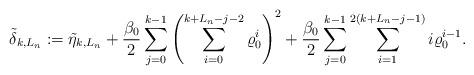
LaTeX: \begin{align*} \tilde{\delta}_{k,L_n} := \tilde{\eta}_{k,L_n} +\frac{\beta_0}{2} \sum_{j=0}^{k-1} \left( \sum_{i=0}^{k+L_n-j-2} \varrho_0^i \right)^2 +\frac{\beta_0}{2} \sum_{j=0}^{k-1} \sum_{i=1}^{2(k+L_n-j-1)} i \varrho_0^{i-1} . \end{align*}